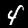
Label: 4